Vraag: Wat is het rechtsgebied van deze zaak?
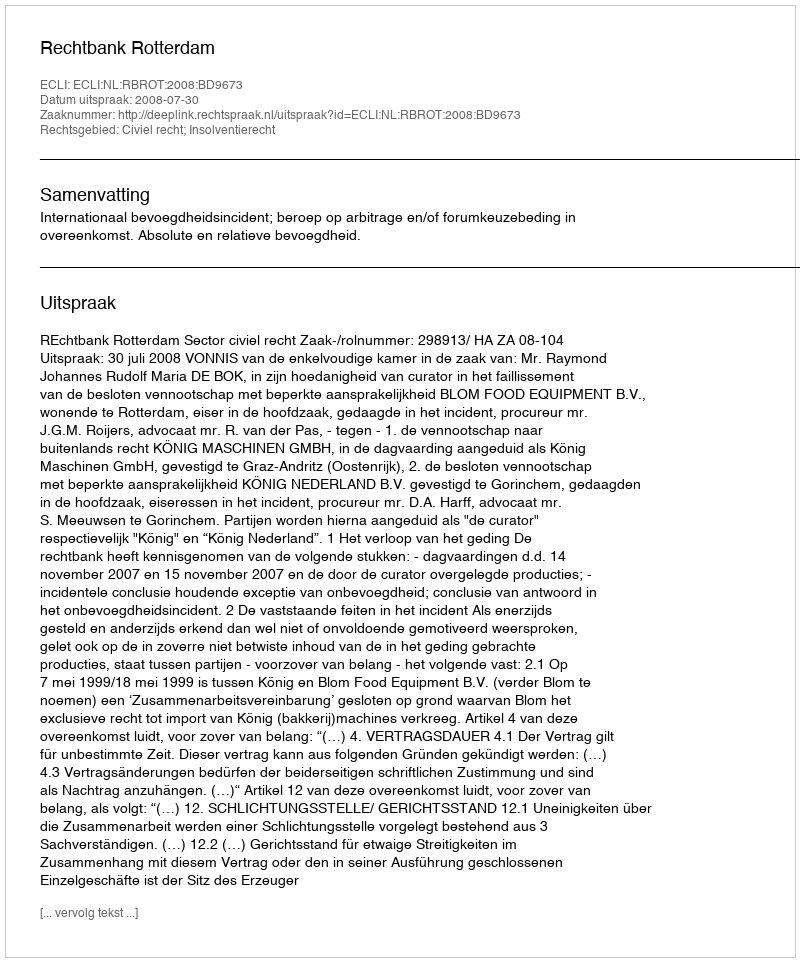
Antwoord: Civiel recht; Insolventierecht